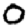
Digit: 0